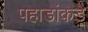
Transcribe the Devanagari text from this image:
पहाडांकडे